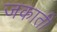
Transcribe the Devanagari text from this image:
जकाती